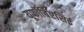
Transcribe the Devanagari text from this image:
यूफॉर्बिएसिई